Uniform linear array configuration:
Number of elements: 64
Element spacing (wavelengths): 0.75
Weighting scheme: exponential
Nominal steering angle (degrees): -45
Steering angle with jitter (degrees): -45.454
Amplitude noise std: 0.05
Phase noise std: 0.05

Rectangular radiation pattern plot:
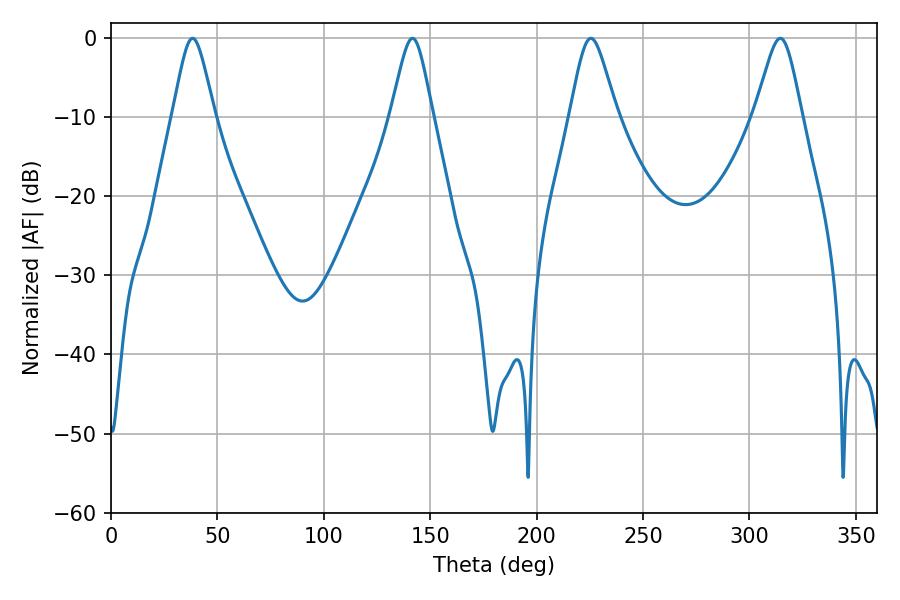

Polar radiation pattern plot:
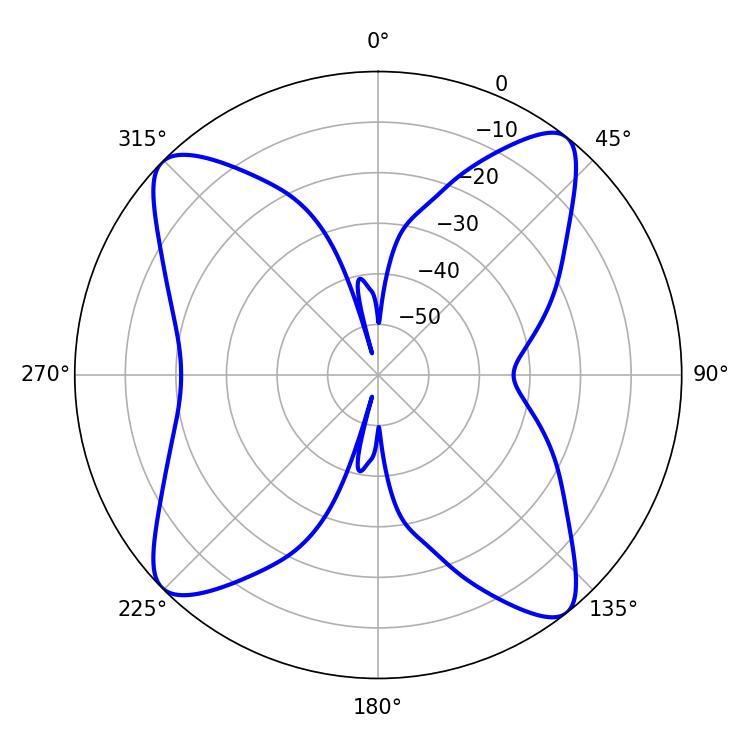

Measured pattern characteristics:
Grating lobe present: TRUE
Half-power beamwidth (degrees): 9.54
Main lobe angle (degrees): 38.34